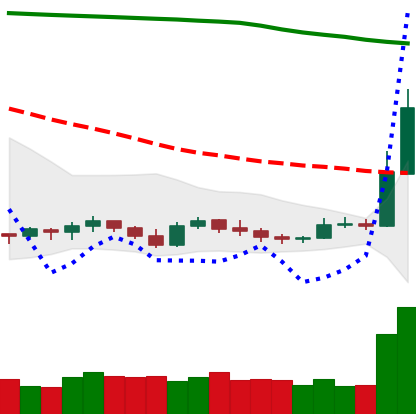
Ticker: XRP-USD
Chart end date: 2019-09-18
Forward return: -14.374%
Label: down_7plus